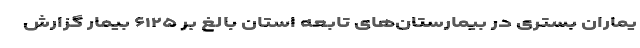
یماران بستری در بیمارستان‌های تابعه استان بالغ بر ۶۱۲۵ بیمار گزارش